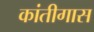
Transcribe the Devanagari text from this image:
कांतीगास